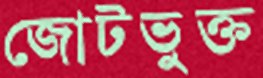
জোটভুক্ত